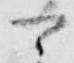
可